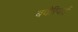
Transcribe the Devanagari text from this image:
बवैरियाई